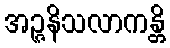
အဉ္ဇနိသလာကန္တိ